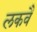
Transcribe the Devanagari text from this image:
लकवै